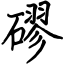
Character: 磟